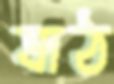
ষাঠ